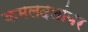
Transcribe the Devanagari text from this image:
कमलदलांवर